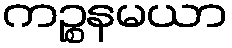
ကဉ္စနမယာ